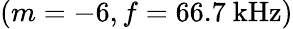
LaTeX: (m=-6,f=66.7\ \mathrm{kHz})